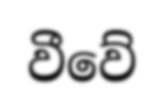
වීවේ